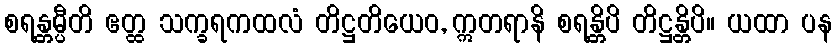
စရန္တမ္ပီတိ ဧတ္ထ သက္ခရကထလံ တိဋ္ဌတိယေဝ, ဣတရာနိ စရန္တိပိ တိဋ္ဌန္တိပိ။ ယထာ ပန